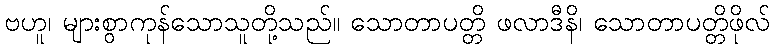
ဗဟူ၊ များစွာကုန်သောသူတို့သည်။ သောတာပတ္တိ ဖလာဒီနိ၊ သောတာပတ္တိဖိုလ်